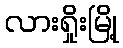
လားရှိုးမြို့